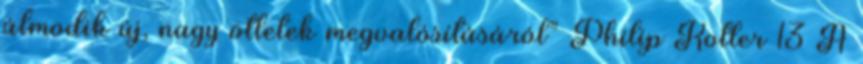
álmodik új, nagy ötletek megvalósításáról” Philip Kotler 13 A